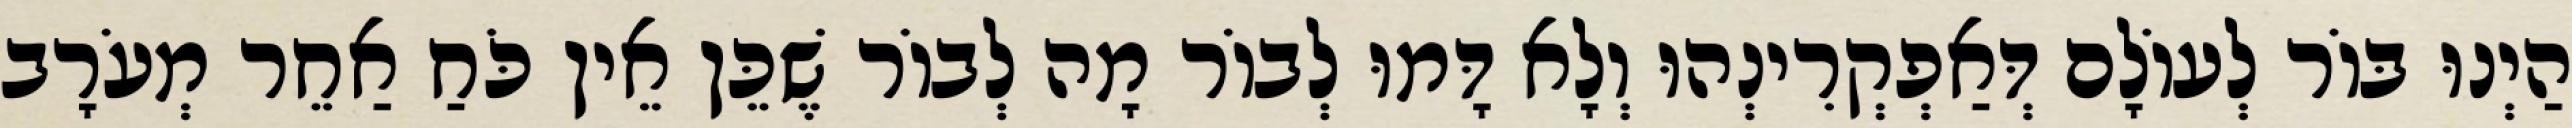
הַיְנוּ בּוֹר לְעוֹלָם דְּאַפְקְרִינְהוּ וְלָא דָּמוּ לְבוֹר מָה לְבוֹר שֶׁכֵּן אֵין כֹּחַ אַחֵר מְעֹרָב